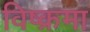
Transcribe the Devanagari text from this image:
विष्क्रमा